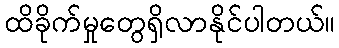
ထိခိုက်မှုတွေရှိလာနိုင်ပါတယ်။